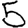
Digit: 5